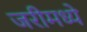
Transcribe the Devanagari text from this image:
जरीमध्ये